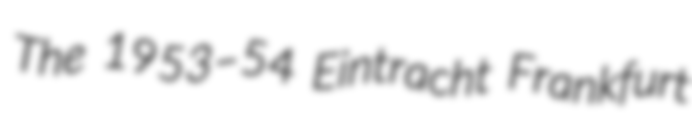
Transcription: The 1953–54 Eintracht Frankfurt